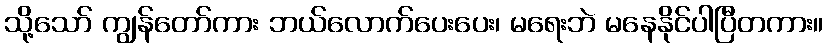
သို့သော် ကျွန်တော်ကား ဘယ်လောက်ပေးပေး၊ မရေးဘဲ မနေနိုင်ပါပြီတကား။